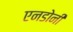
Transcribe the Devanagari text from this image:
एनडोनी